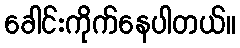
ခေါင်းကိုက်နေပါတယ်။